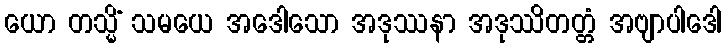
ယော တသ္မိံ သမယေ အဒေါသော အဒုဿနာ အဒုဿိတတ္တံ အဗျာပါဒေါ